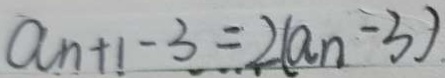
a _ { n + 1 } - 3 = 2 ( a _ { n } - 3 )